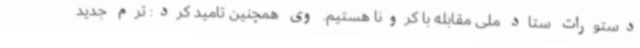
دستورات ستاد ملی مقابله با کرونا هستیم. وی همچنین تامید کرد: ترم جدید